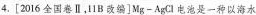
4.[2016全国卷Ⅱ，11B改编]Mg-AgCl电池是一种以海水